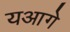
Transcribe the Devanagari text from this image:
यआगे